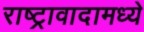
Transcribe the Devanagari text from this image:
राष्ट्रावादामध्ये